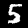
Digit: 5